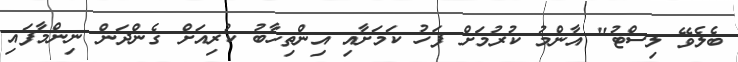
ބެލެވޭ ލިސްޓު" އާންމު ކުރުމަށް ފަހު ކަމަށާއި އިންތިހާބު ކުރިއަށް ގެންދަން ނިންމާފައި